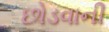
છોડવાની